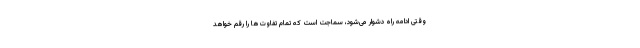
وقتی ادامهٔ راه دشوار می‌شود، سماجت است که تمام تفاوت‌ها را رقم خواهد